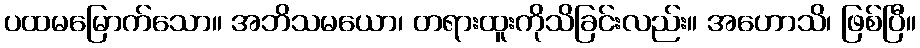
ပထမမြောက်သော။ အဘိသမယော၊ တရားထူးကိုသိခြင်းလည်း။ အဟောသိ၊ ဖြစ်ပြီ။